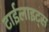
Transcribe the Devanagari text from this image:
टाईलाइट्स